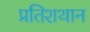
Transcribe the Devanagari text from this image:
प्रतिशथान